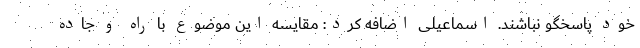
خود پاسخگو نباشند. اسماعیلی اضافه کرد: مقایسه این موضوع با راه و جاده